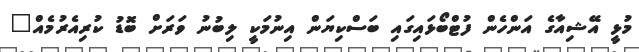
މުޅީ އޭޝިއާގެ އަންހެން ފުޓްބޯޅައިގައި ބަސްކިޔަން އިނުމަކީ ލިބުނު ވަރަށް ބޮޑު ކުރިއެރުމެއް"